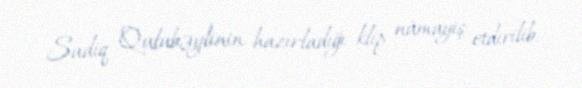
Sadiq Qulubəylinin hazırladığı klip nümayiş etdirilib.